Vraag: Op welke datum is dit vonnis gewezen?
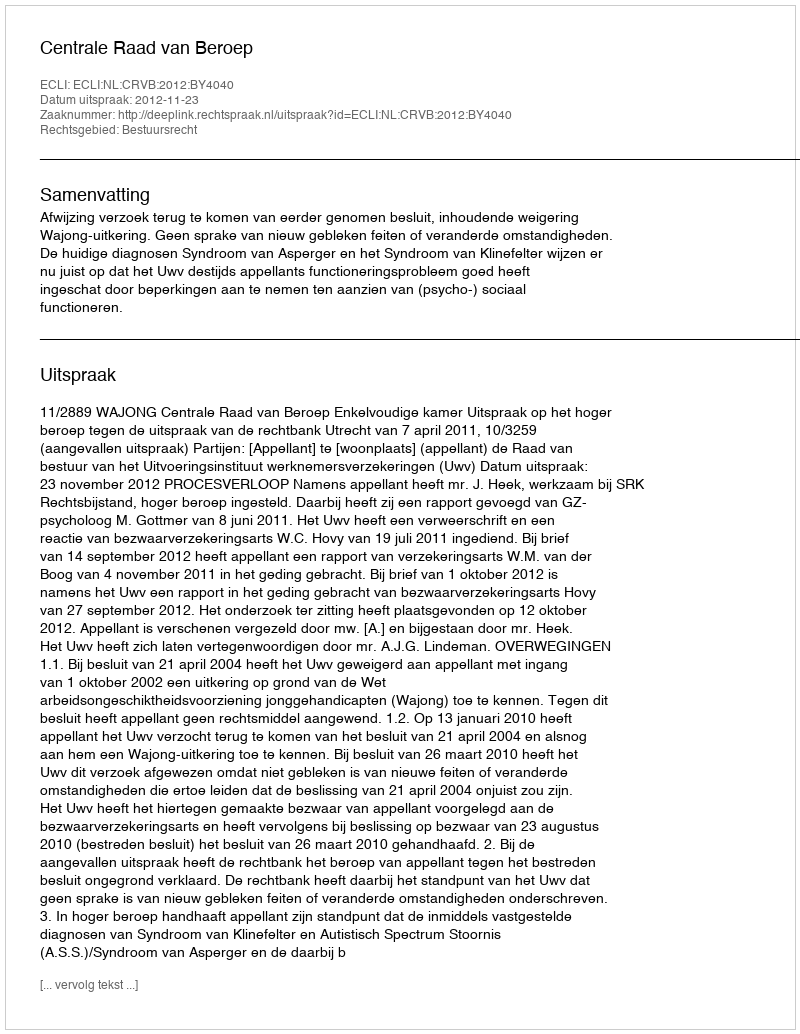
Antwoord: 2012-11-23